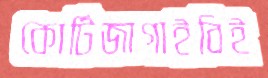
কোর্টিজাগাইবিই